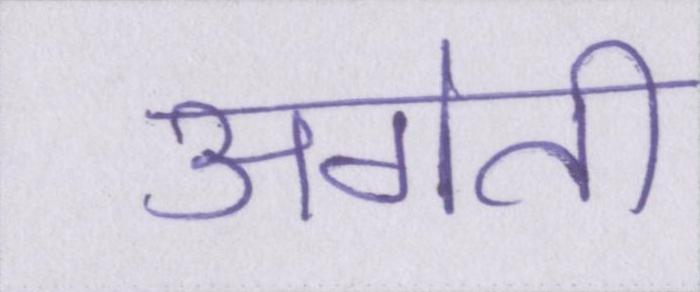
अगेती